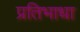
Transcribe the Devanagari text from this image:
प्रतिभाधा